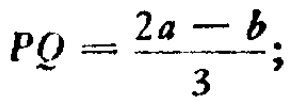
$PQ=\frac{2a - b}{3};$